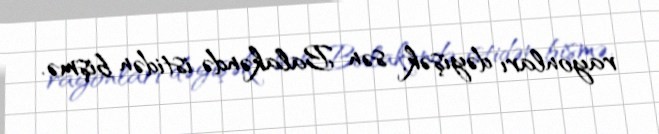
rayonları dəyişək, sən Balakəndə istidən bişmə.